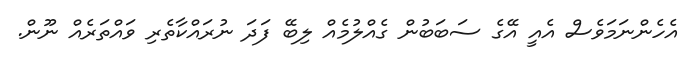
އެހެންނަމަވެސް އެއީ އޭގެ ސަބަބުން ގެއްލުމެއް ލިބޭ ފަދަ ނުރައްކާތެރި ވައްތަރެއް ނޫން.